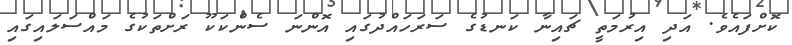
ކޮށްފައެވެ. އަދި އިރުމަތީ ޗައިނާ ކަނޑުގެ ސަރަހައްދުގައި އޮންނަ ސެންކަކޫ ރަށްތަކުގެ މައްސަލައިގައި